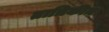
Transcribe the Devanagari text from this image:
तात्रिकीय